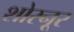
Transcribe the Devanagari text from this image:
शोरनूर